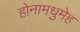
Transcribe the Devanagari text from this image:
होनामधुमेह